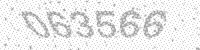
Solution: 063566